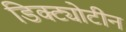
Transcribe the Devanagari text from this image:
डिक्ट्योटीन